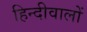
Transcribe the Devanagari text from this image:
हिन्दीवालों